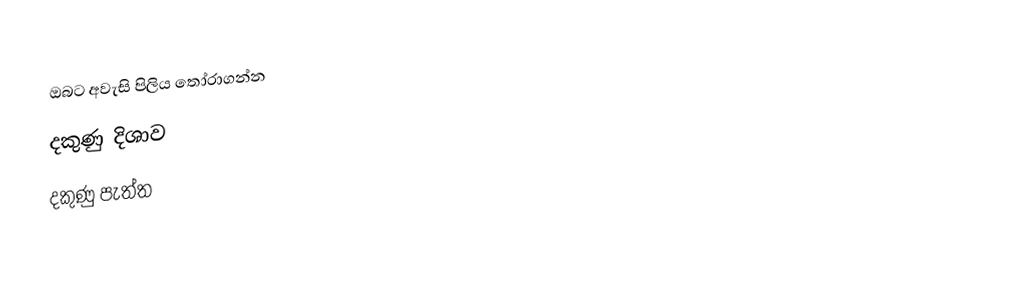
ඔබට අවැසි පිලිය තෝරාගන්න
 දකුණු දිශාව
 දකුණු පැත්ත